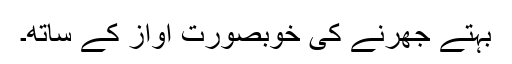
بہتے جھرنے کی خوبصورت آواز کے ساتھ۔